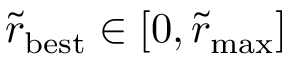
\tilde { r } _ { \mathrm { b e s t } } \in [ 0 , \tilde { r } _ { \mathrm { m a x } } ]